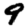
Digit: 9